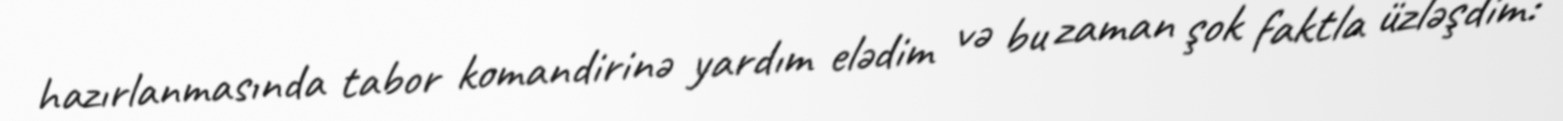
hazırlanmasında tabor komandirinə yardım elədim və bu zaman şok faktla üzləşdim: